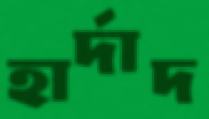
হার্দাদ